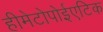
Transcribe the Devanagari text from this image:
हीमेटोपोईएटिक